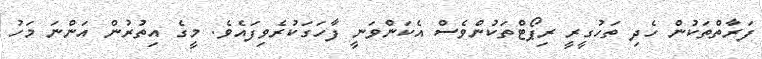
ފަރާތްތަކުން ހެދި ތަހުގީރީ ރިޕޯޓްތަކުންވެސް އެކަންވަނީ ފާހަގަކުރެވިފައެވެ. މީގެ އިތުރުން އަންނަ މަހު